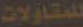
للمقاولات